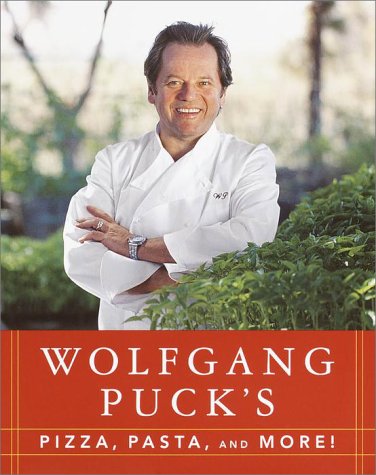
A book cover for Wolfgang Puck's Pizza, Pasta, and More!; Wolfgang Puck; Cookbooks, Food & Wine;